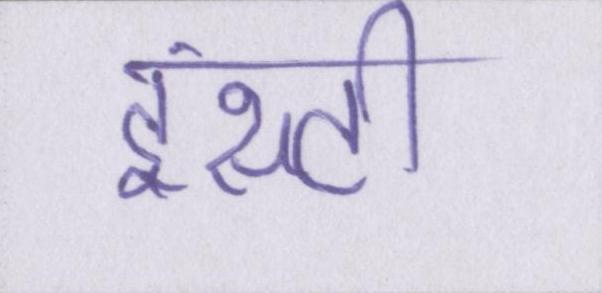
इंस्टी